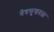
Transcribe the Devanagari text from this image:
नेत्रसुखदता